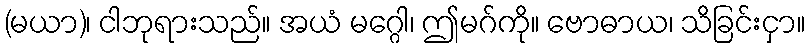
(မယာ)၊ ငါဘုရားသည်။ အယံ မဂ္ဂေါ၊ ဤမဂ်ကို။ ဗောဓာယ၊ သိခြင်းငှာ။